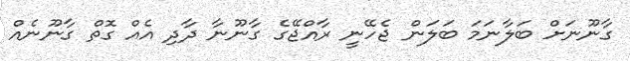
ގާނޫނަށް ބަލާނަމަ ބަލަން ޖެހޭނީ ރާއްޖޭގެ ގާނޫނާ ދާދި އެއް ގޮތް ގާނޫނެއް